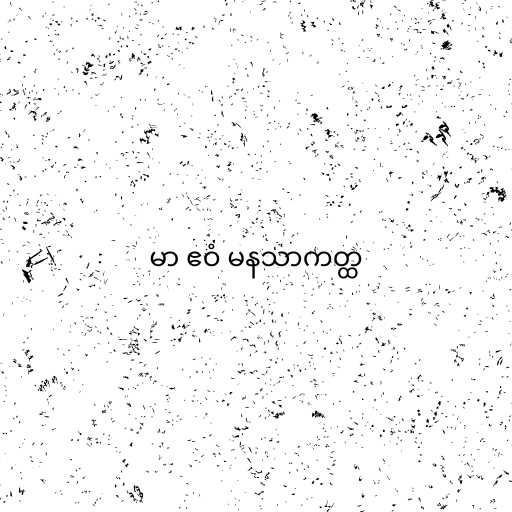
မာ ဧဝံ မနသာကတ္ထ